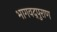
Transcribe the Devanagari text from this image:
भागवद्पुराण